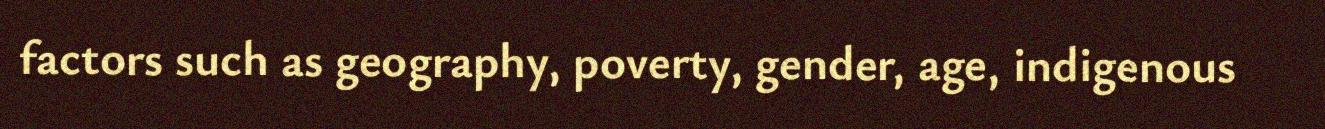
factors such as geography, poverty, gender, age, indigenous